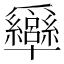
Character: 𤕍